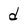
Character: d